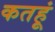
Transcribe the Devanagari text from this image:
कतहूं